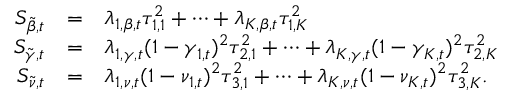
\begin{array} { r c l } { S _ { \tilde { \beta } , t } } & { = } & { \lambda _ { 1 , \beta , t } \tau _ { 1 , 1 } ^ { 2 } + \dots + \lambda _ { K , \beta , t } \tau _ { 1 , K } ^ { 2 } } \\ { S _ { \tilde { \gamma } , t } } & { = } & { \lambda _ { 1 , \gamma , t } ( 1 - \gamma _ { 1 , t } ) ^ { 2 } \tau _ { 2 , 1 } ^ { 2 } + \dots + \lambda _ { K , \gamma , t } ( 1 - \gamma _ { K , t } ) ^ { 2 } \tau _ { 2 , K } ^ { 2 } } \\ { S _ { \tilde { \nu } , t } } & { = } & { \lambda _ { 1 , \nu , t } ( 1 - \nu _ { 1 , t } ) ^ { 2 } \tau _ { 3 , 1 } ^ { 2 } + \dots + \lambda _ { K , \nu , t } ( 1 - \nu _ { K , t } ) ^ { 2 } \tau _ { 3 , K } ^ { 2 } . } \end{array}